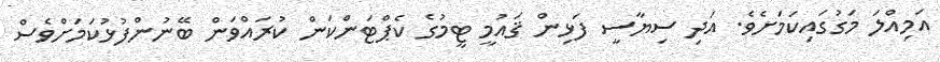
އަމިއްލަ މަގުގައިކަމަށެވެ. އަދި ސިޔާސީ ފަޅިން ޤައުމީ ޓީމުގެ ކެޕްޓަންކަން ކުރައްވަން ބޭނުންފުޅުކަމަށްވެސް